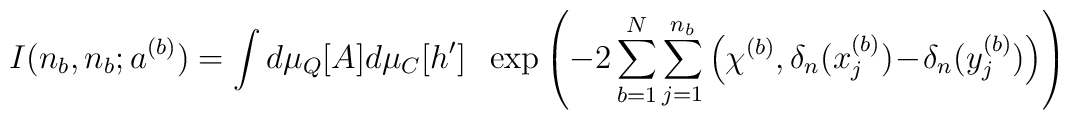
I(n_b,n_b;a^{(b)}) = \int d\mu_Q[A] d\mu_C[h^\prime] \; \; \exp \left( - 2 \sum_{b=1}^N \sum_{j=1}^{n_b}\Big( \chi^{(b)}, \delta_n(x_j^{(b)})\!-\!\delta_n(y_j^{(b)}) \Big) \right)